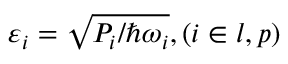
\varepsilon _ { i } = \sqrt { P _ { i } / \hslash \omega _ { i } } , ( i \in l , p )